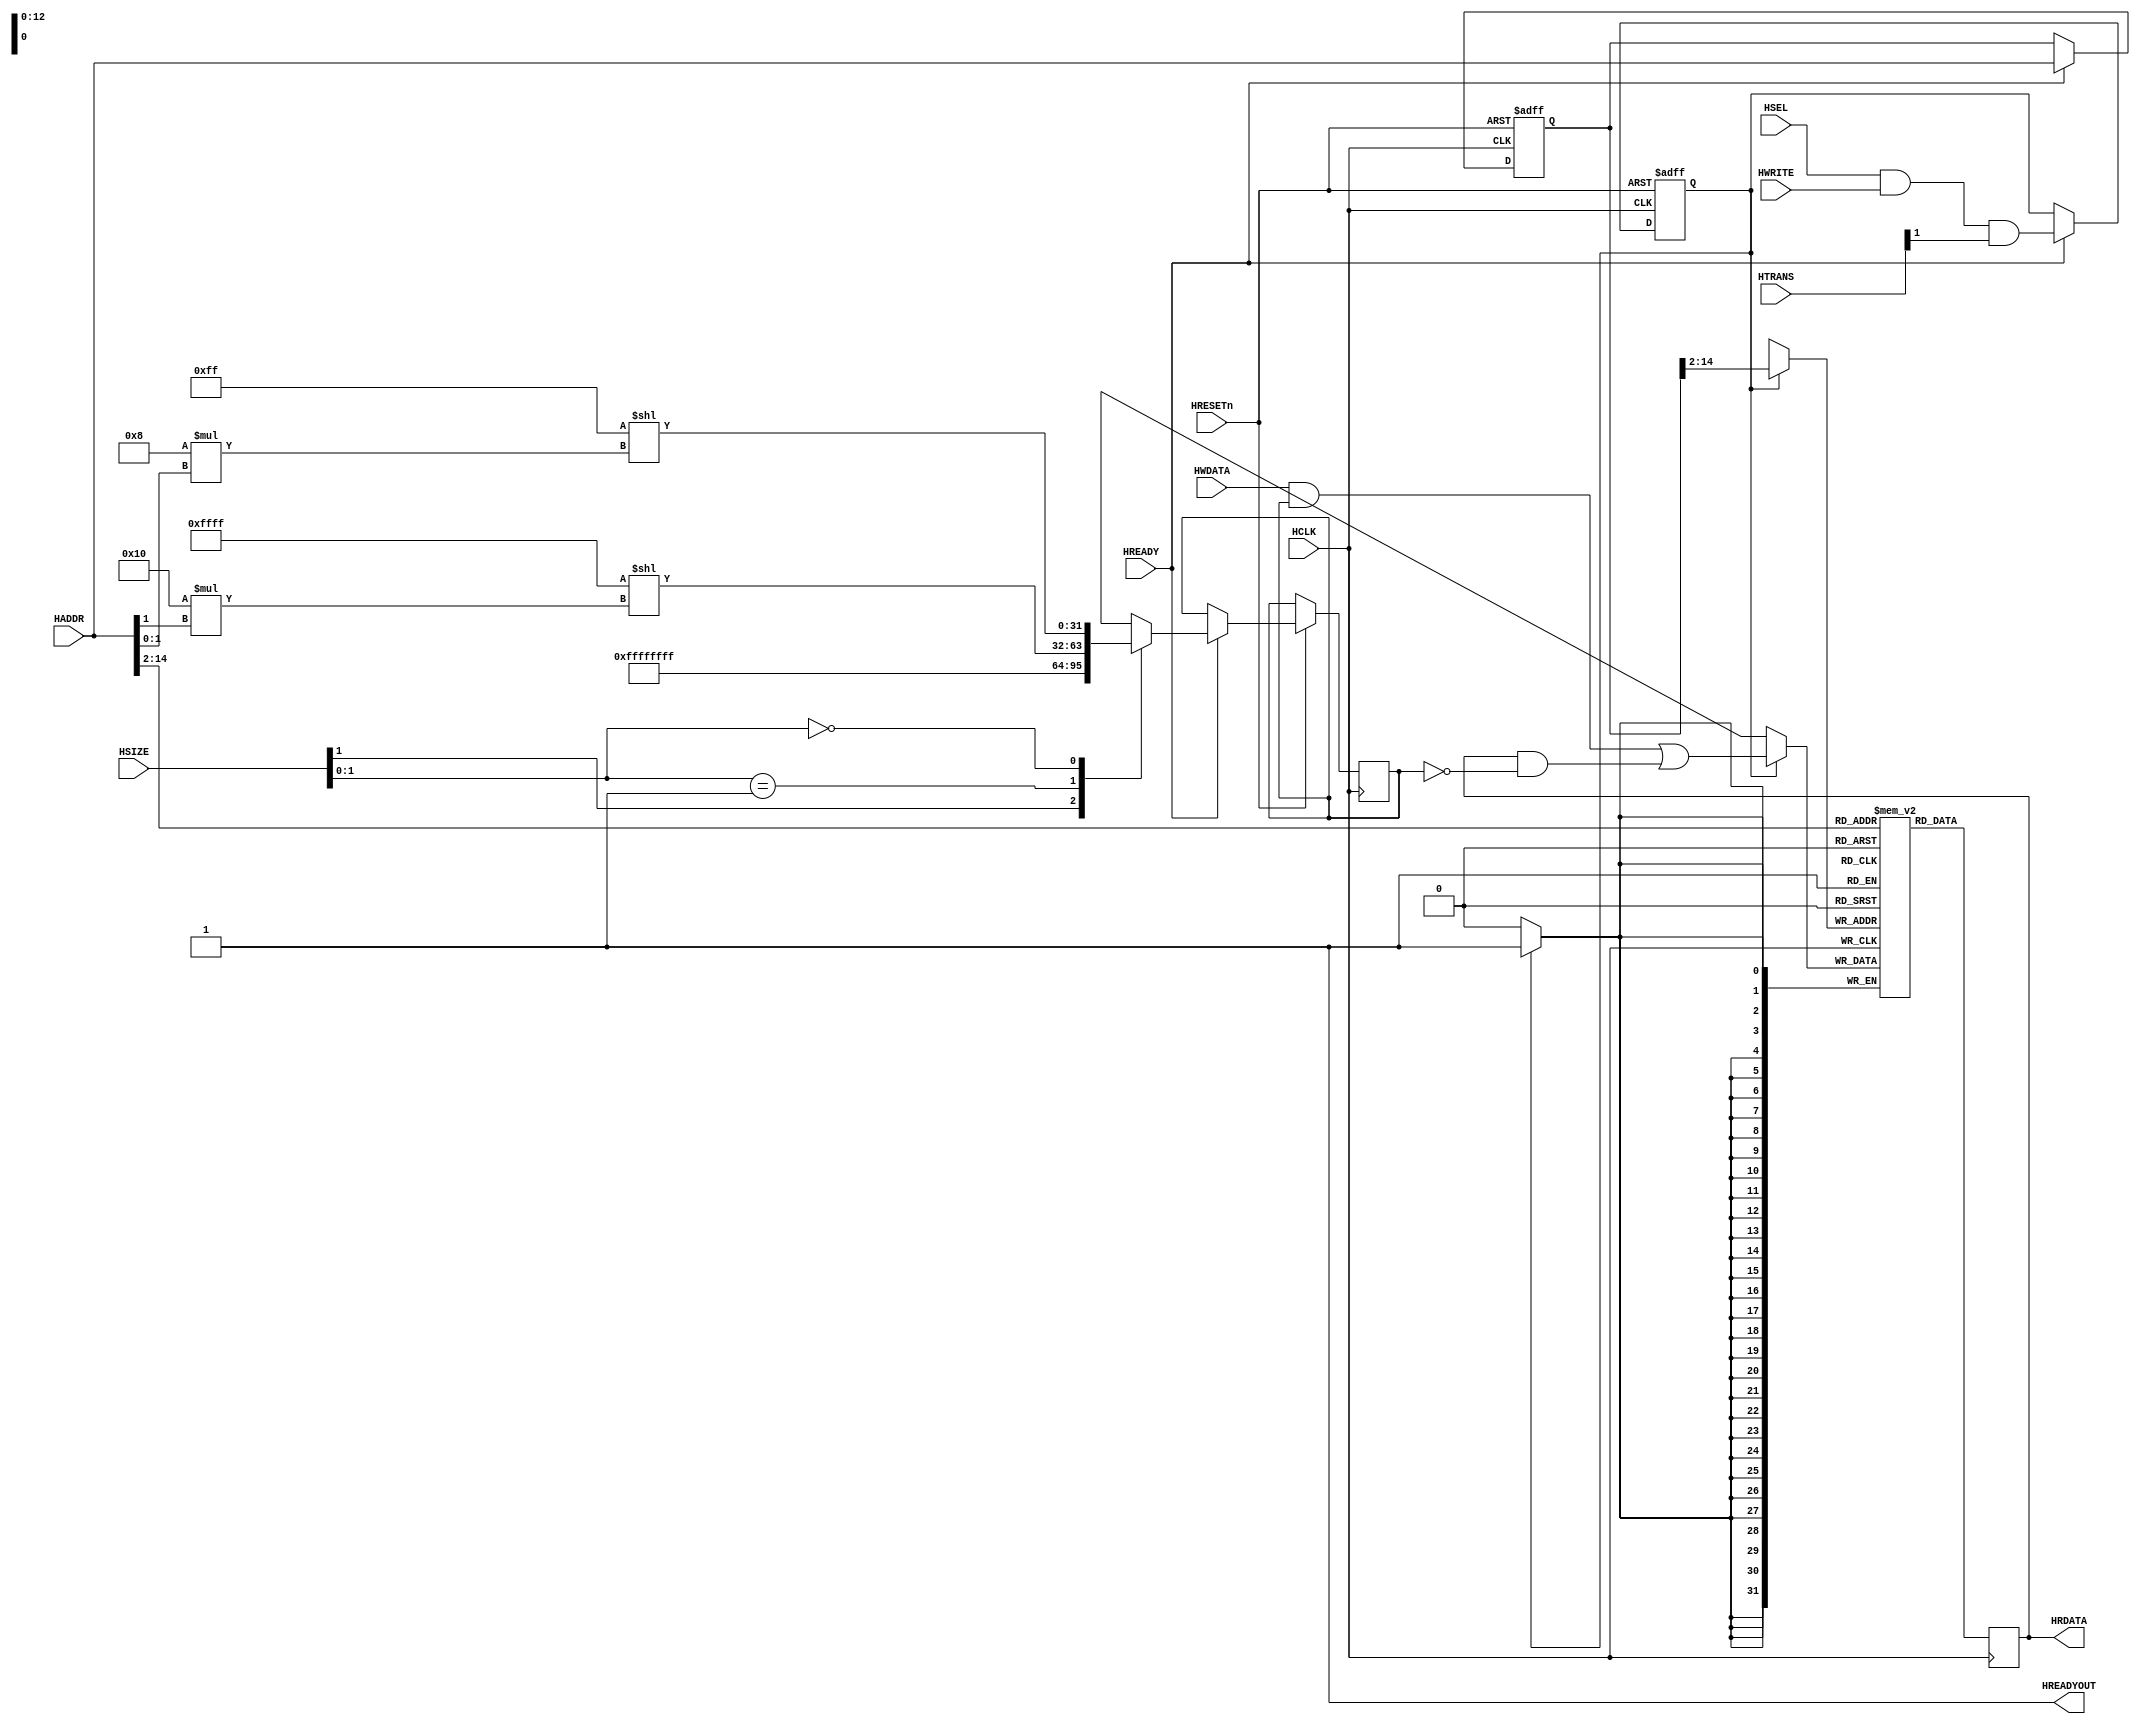
////////////////////////////////////////////////////////////////////////////////
// AHB-Lite Memory Module
////////////////////////////////////////////////////////////////////////////////
module AHB2RAM
   #(parameter MEMWIDTH = 15)               // Size = 32KB
   (
   input wire           HSEL,
   input wire           HCLK,
   input wire           HRESETn,
   input wire           HREADY,
   input wire    [31:0] HADDR,
   input wire     [1:0] HTRANS,
   input wire           HWRITE,
   input wire     [2:0] HSIZE,
   input wire    [31:0] HWDATA,
   output wire          HREADYOUT,
   output reg    [31:0] HRDATA
   );

   assign HREADYOUT = 1'b1; // Always ready

   // Memory Array
   reg  [31:0] memory[0:(2**(MEMWIDTH-2)-1)];

   // Registers to store Adress Phase Signals
   reg  [31:0] hwdata_mask;
   reg         we;
   reg  [31:0] buf_hwaddr;

   // Sample the Address Phase   
   always @(posedge HCLK or negedge HRESETn)
   begin
      if(!HRESETn)
      begin
         we <= 1'b0;
         buf_hwaddr <= 32'h0;
      end
      else
         if(HREADY)
         begin
            we <= HSEL & HWRITE & HTRANS[1];
            buf_hwaddr <= HADDR;
   
            casez (HSIZE[1:0])
               2'b1?: hwdata_mask <=  32'hFFFFFFFF;                        // Word write
               2'b01: hwdata_mask <= (32'h0000FFFF << (16 * HADDR[1]));    // Halfword write
               2'b00: hwdata_mask <= (32'h000000FF << (8 * HADDR[1:0]));   // Byte write
            endcase
          end
   end
   
   // Read and Write Memory
   always @ (posedge HCLK)
   begin
      if(we)
         memory[buf_hwaddr[MEMWIDTH:2]] <= (HWDATA & hwdata_mask) | (HRDATA & ~hwdata_mask);
      HRDATA = memory[HADDR[MEMWIDTH:2]];
   end

endmodule